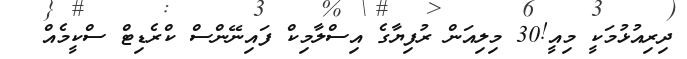
ދިރިއުޅުމަކީ މިއީ!30 މިލިއަން ރުފިޔާގެ އިސްލާމިކް ފައިނޭންސް ކްރެޑިޓް ސްކީމެއް